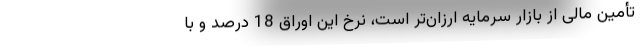
تأمین مالی از بازار سرمایه ارزان‌تر است، نرخ این اوراق 18 درصد و با